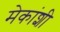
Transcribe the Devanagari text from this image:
मेकांशी